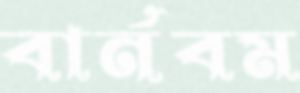
বার্নবম